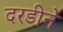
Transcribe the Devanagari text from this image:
दरडीने